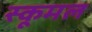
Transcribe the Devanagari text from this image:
स्कूमल